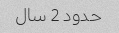
حدود 2 سال